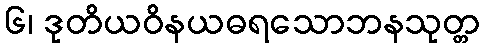
၆၊ ဒုတိယဝိနယဓရသောဘနသုတ္တ